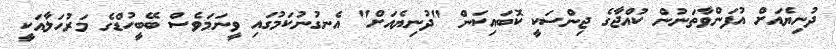
ދުނިޔެއަށް އުފަންވާތަނުން ކުއްޖާގެ ޖިންސަކީ ކޮބައިކަން "ދުނިޔެއަށް" އެނގުނުކަމުގައި ވީނަމަވެސް ބޭބީހުޑްގެ މަރުހަލާއަކީ